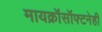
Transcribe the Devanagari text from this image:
मायक्रॉसॉफ्टनेही